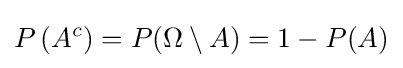
P\left(A^{c}\right)=P(\Omega \setminus A)=1-P(A)